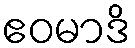
ဧဝမာဒိ